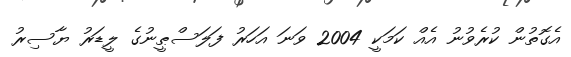
އެގޮތުން ކުރެވުނު އެއް ކަމަކީ 2004 ވަނަ އަހަރު ފަލަސްޠީނުގެ ލީޑަރު ޔާސިރު